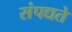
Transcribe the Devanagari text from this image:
संपद्यते